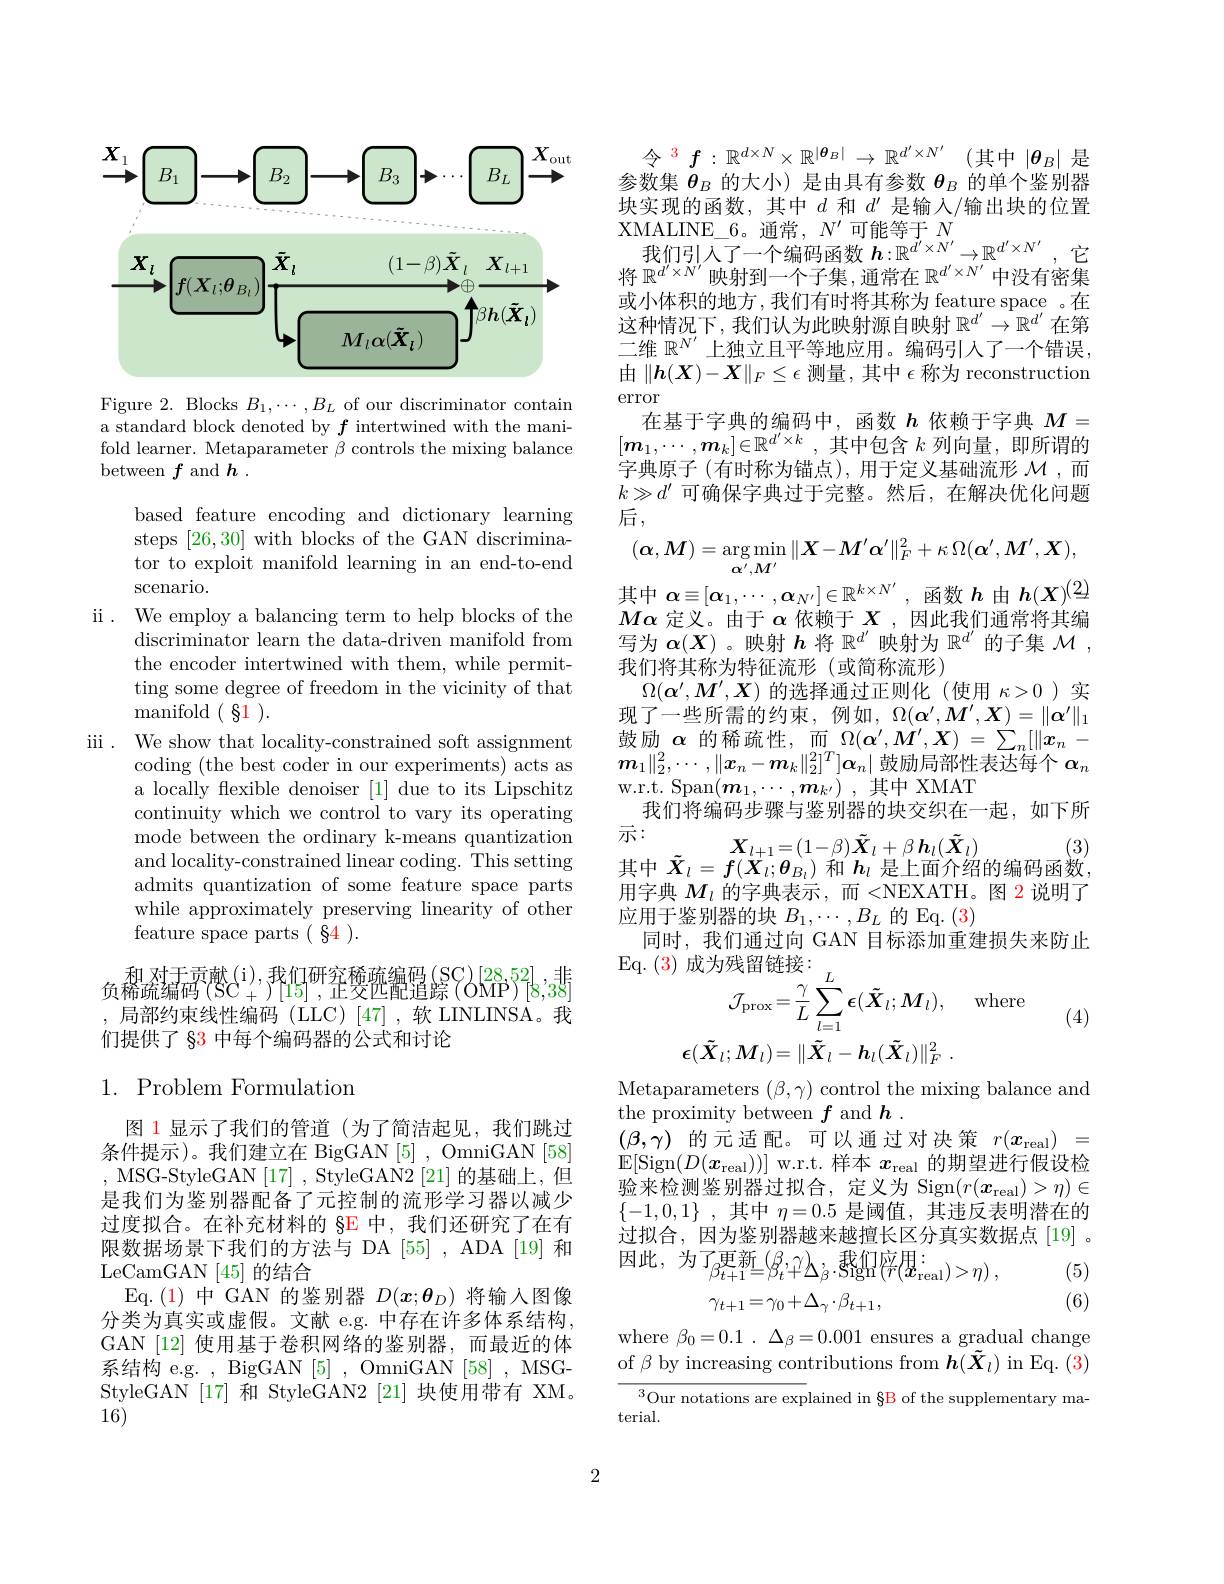
<FigureHere>

Figure 2. Blocks $B_1,\cdots,B_L$ of our discriminator contain a standard block denoted by $f$ intertwined with the manifold learner. Metaparameter $\beta$ controls the mixing balance between $f$ and $h.$

based feature encoding and dictionary learning steps [26,30] with blocks of the GAN discriminator to exploit manifold learning in an end-to-end scenario.
ii. We employ a balancing term to help blocks of the
discriminator learn the data-driven manifold from the encoder intertwined with them, while permitting some degree of freedom in the vicinity of that manifold $(\begin{array}{c}{81}\end{array}).$
iii . We show that locality- constrained soft assignment
coding (the best coder in our experiments) acts as a locally flexible denoiser [1] due to its Lipschitz continuity which we control to vary its operating mode between the ordinary k-means quantization and locality-constrained linear coding. This setting admits quantization of some feature space parts while approximately preserving linearity of other feature space parts( §4 ).
和对于贡献(i),我们研究稀疏编码(SC)[28,52],非

负稀疏编码$^{\mathrm{T}}(\mathrm{SC}_{+}^{\mathrm{T}})^{\mathrm{T}}|15|^{\mathrm{T}}$,芷筊苉艶追踪$^{\mathrm{T}}(\mathrm{OMP}^{\mathrm{2}\mathrm{O}})^{\mathrm{T}}|8,38$ ,局部约束线性编码(LLC)[47],软 LINLINSA。我

们提供了 §3 中每个编码器的公式和讨论

## $1.{\mathrm{~Problem~Formulation}}$

图 1 显示了我们的管道(为了简洁起见，我们跳过条件提示)。我们建立在 BigGAN[5] , OmniGAN[58] ,MSG-StyleGAN[17],StyleGAN2[21]的基础上，但是我们为鉴别器配备了元控制的流形学习器以减少过度拟合。在补充材料的 §E 中，我们还研究了在有限数据场景下我们的方法与 DA [55] , ADA [19] 和LeCamGAN [45]的结合
Eq. ( 1) 中 GAN 的鉴别器$D(\boldsymbol x;\boldsymbol{\theta}_D)$将输入图像分类为真实或虚假。文献 e.g. 中存在许多体系结构， GAN [12] 使用基于卷积网络的鉴别器，而最近的体系结构 e.g. , BigGAN [5] , OmniGAN [58] , MSGStyleGAN[17] 和 StyleGAN2 [21] 块使用带有 XM。16)

令$^{\color{red} 3}f: \mathbb{R} ^{d\times N}\times \mathbb{R} ^{| \boldsymbol{\theta }_B| }\to \mathbb{R} ^{d^{\prime }\times N^{\prime }}$ (其中 $|\boldsymbol\theta_B|$ 是参数集$\theta_B$的大小)是由具有参数$\theta_B$的单个鉴别器块实现的函数，其中$d$和$d^\prime$是输人/输出块的位置XMALINE\_6。通常$,N^\prime$可能等于$N$
我们引人了一个编码函数$\boldsymbol h:\mathbb{R}^d^{\prime}\times N^{\prime}\to\mathbb{R}^{d^{\prime}\times N^{\prime}}$,它将$\mathbb{R}^d^{\prime}\times N^{\prime}$映射到一个子集，通常在$\mathbb{R}^d^{\prime}\times N^{\prime}$中没有密集或小体积的地方，我们有时将其称为 feature space 。在这种情况下，我们认为此映射源自映射$\mathbb{R}^d^{\prime}\to\mathbb{R}^{d^{\prime}}$在第二维$\mathbb{R}^N^{\prime}$上独立且平等地应用。编码引入了一个错误， 由$\|h(X)-X\|_F\leq\epsilon$测量 ,其中$\epsilon$称为 reconstruction error
在基于字典的编码中，函数$h$依赖于字典$M=$ $[ \boldsymbol{m}_1, \cdots , \boldsymbol{m}_k] \in \mathbb{R} ^{d^{\prime }\times k}$ ,其中包含 $k$ 列向量，即所谓的字典原子(有时称为锚点),用于定义基础流形$\mathcal{M}$ ,而$k\gg d^{\prime}$可确保字典过于完整。然后，在解决优化问题后，
$$(\alpha,M)=\arg\min_{\alpha^{\prime},M^{\prime}}\|X-M^{\prime}\alpha^{\prime}\|_{F}^{2}+\kappa\:\Omega(\alpha^{\prime},M^{\prime},X),$$
其中$\alpha\equiv[\alpha_1,\cdots,\alpha_{N^{\prime}}]\in\mathbb{R}^{k\times N^{\prime}}$,函数$h$由$h(X)^(2)$ $M\alpha$定义。由于$\alpha$依赖于$X$ ,因此我们通常将其编写为$\boldsymbol{\alpha}(\boldsymbol{X})$ 。映射$h$将$\mathbb{R}^{d^{\prime}}$映射为$\mathbb{R}^{d^{\prime}}$的子集$\mathcal{M}$, 我们将其称为特征流形(或简称流形)
$\Omega(\boldsymbol{\alpha}^{\prime},\boldsymbol{M}^{\prime},\boldsymbol{X})$的选择通过正则化 (使用$\kappa>0$ )实现了一些所需的约束，例如，$\Omega(\boldsymbol\alpha^{\prime},M^{\prime},\boldsymbol{X})=\|\boldsymbol{\alpha}^{\prime}\|_1$ 鼓励$\alpha$的稀疏性，而$\Omega(\alpha^\prime,M^{\prime},X)=\sum_n[\|x_n-$ $\boldsymbol{m}_1\|_2^2,\cdots,\|\boldsymbol{x}_n-\boldsymbol{m}_k\|_2^{2^T}]\boldsymbol{\alpha}_n|$鼓励局部性表达每个$\boldsymbol{\alpha}_n$ w.r.t. Span$( \boldsymbol{m}_1, \cdots , \boldsymbol{m}_{k^{\prime }})$ ,其中 XMAT
我们将编码步骤与鉴别器的块交织在一起，如下所
(3)
$\begin{aligned}&\text{示：}&\boldsymbol{X}_{l+1}=(1-\beta)\tilde{\boldsymbol{X}}_l+\beta\boldsymbol{h}_l(\tilde{\boldsymbol{X}}_l)&\text{(3)}\\&\text{其中 }\tilde{\boldsymbol{X}}_l=f(\boldsymbol{X}_l;\boldsymbol{\theta}_{B_l})\text{ 和 }\boldsymbol{h}_l\text{ 是上面介绍的编码函数}\end{aligned}$ 用字典$M_l$的字典表示，而 <NEXATH。图 2 说明了应用于鉴别器的块$B_1,\cdots,B_L$的 Eq. (3)
同时，我们通过向 GAN 目标添加重建损失来防止
(4)
$$\begin{aligned}&\text{)成为残留链接:}\\&\mathcal{J}_{\mathrm{prox}}=\frac{\gamma}{L}\sum_{l=1}^{L}\epsilon(\tilde{\boldsymbol{X}}_{l};\boldsymbol{M}_{l}),\quad\mathrm{where}\\&\boldsymbol{\epsilon}(\tilde{\boldsymbol{X}}_{l};\boldsymbol{M}_{l})=\|\tilde{\boldsymbol{X}}_{l}-\boldsymbol{h}_{l}(\tilde{\boldsymbol{X}}_{l})\|_{F}^{2}\:.\end{aligned}$$
Metaparameters $(\beta,\gamma)$ control the mixing balance and
the proximity between $f$ and $h$
$(\beta,\gamma)$ 的元适配。可以通过对决策$r(\boldsymbol x_\mathrm{real})=$ $\mathbb{E}[$Sign$(D(\boldsymbol{x}_\mathrm{real}))]$ w.r.t. 样本$x_\mathrm{real}$的期望进行假设检验来检测鉴别器过拟合，定义为 Sign$(r(x_\mathrm{real})>\eta)\in$ $\{ - 1, 0, 1\}$ ,其中$\eta=0.5$是阈值，其违反表明潜在的过拟合，因为鉴别器越来越擅长区分真实数据点[19]。$\begin{array}{l}{\text{因此，为了}_{\beta_{t+1}=\beta_{t}^{\text{更新}}(\beta_{t},\gamma)}\Delta_{\grave{\beta}}.\mathrm{~sign}(\bar{r}(\bar{x}_{\mathrm{real}})>\eta)~,}\\\end{array}$
(5)

(6)
$$\gamma_{t+1}=\gamma_0+\Delta_\gamma\cdot\beta_{t+1},$$
where $\beta _0= 0. 1$ . $\Delta _{\beta }= 0. 001$ ensures a gradual change of $\beta$ by increasing contributions from $\boldsymbol h(\tilde{\boldsymbol{X}}_l)$ in Eq.(3)

$^{3}$Our notations are explained in §B of the supplementary ma-

terial.

2